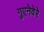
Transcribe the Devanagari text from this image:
गुएनेवेरे